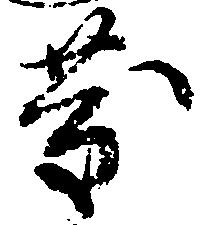
慶